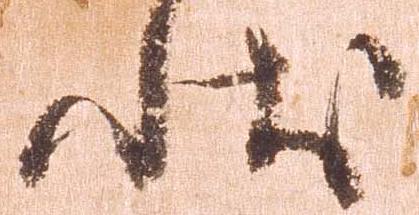
状